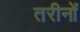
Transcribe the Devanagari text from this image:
तरीनों